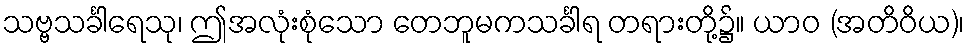
သဗ္ဗသင်္ခါရေသု၊ ဤအလုံးစုံသော တေဘူမကသင်္ခါရ တရားတို့၌။ ယာဝ (အတိဝိယ)၊